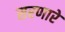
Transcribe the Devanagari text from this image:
सरणारे